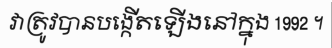
វាត្រូវបានបង្កើតឡើងនៅក្នុង 1992 ។